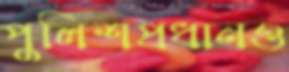
পুলিশপ্রধানও